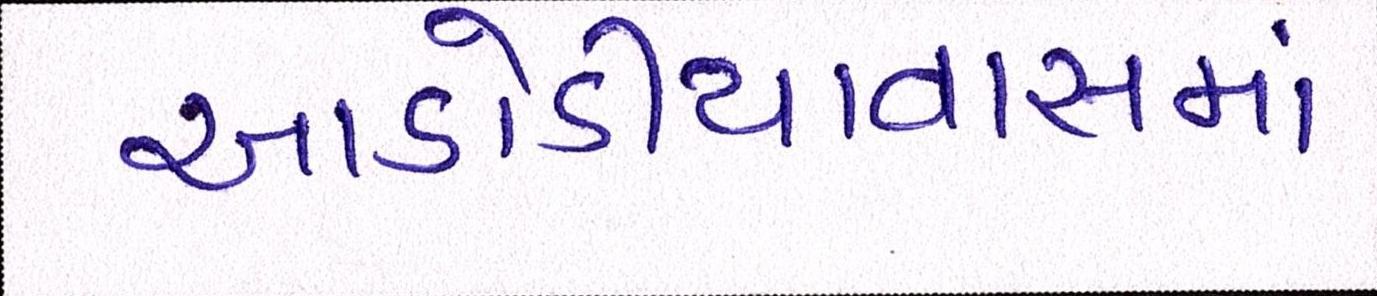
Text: આડોડીયાવાસમાં